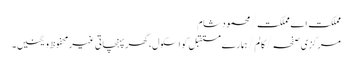
مملکت اے مملکت/محمود شام
مرکزی صفحہ/ کالم/ہمارے مستقبل کو اسکول، گھر پہنچاتی غیر محفوظ ویگنیں۔